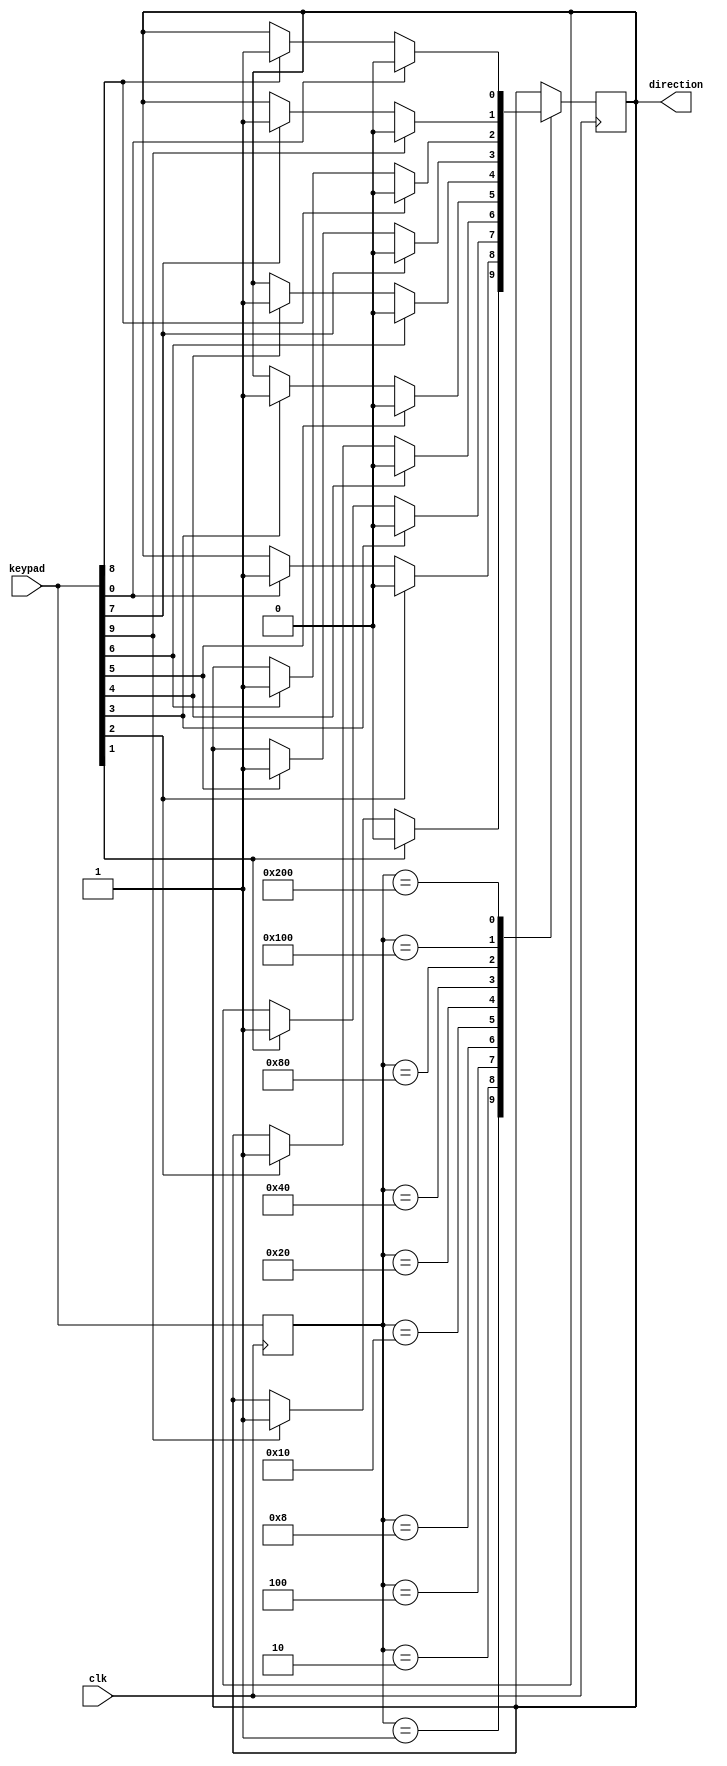
module getdirc (
    input clk,
    input [9:0] keypad,
    output direction//正转为1，反转为0
);
    reg direction;
    reg [9:0] lastkeypad;
    always @(posedge clk) begin
        case (lastkeypad)
            10'b0000000001: if (keypad[1]==1) direction <= 0;else if (keypad[9]==1) direction <= 1;
            10'b0000000010: if (keypad[2]==1) direction <= 0;else if (keypad[0]==1) direction <= 1;
            10'b0000000100: if (keypad[3]==1) direction <= 0;else if (keypad[1]==1) direction <= 1;
            10'b0000001000: if (keypad[4]==1) direction <= 0;else if (keypad[2]==1) direction <= 1;
            10'b0000010000: if (keypad[5]==1) direction <= 0;else if (keypad[3]==1) direction <= 1;
            10'b0000100000: if (keypad[6]==1) direction <= 0;else if (keypad[4]==1) direction <= 1;
            10'b0001000000: if (keypad[7]==1) direction <= 0;else if (keypad[5]==1) direction <= 1;
            10'b0010000000: if (keypad[8]==1) direction <= 0;else if (keypad[6]==1) direction <= 1;
            10'b0100000000: if (keypad[9]==1) direction <= 0;else if (keypad[7]==1) direction <= 1;
            10'b1000000000: if (keypad[0]==1) direction <= 0;else if (keypad[8]==1) direction <= 1;
        endcase
        lastkeypad <= keypad;
    end
endmodule